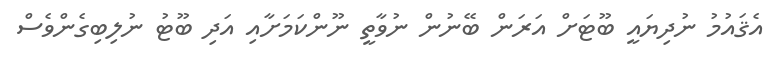
އެޤައުމު ނުދިޔައީ ބޫޓަށް އަރަން ބޭނުން ނުވާތީ ނޫންކަމަށާއި އަދި ބޫޓު ނުލިބިގެންވެސް